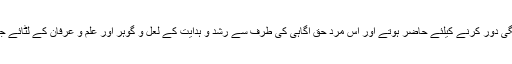
لوگ دوردراز سے اپنی علمی پیاس بجھانے اور روحانی تشنگی دور کرنے کیلئے حاضر ہوتے اور اس مرد حق آگاہی کی طرف سے رشد و ہدایت کے لعل و گوہر اور علم و عرفان کے لٹائے جانیوالے انمول موتی جمع کرنے میں ہر وقت مصروف رہتے۔